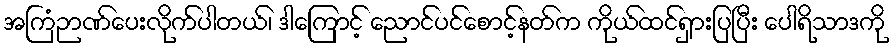
အကြံဉာဏ်ပေးလိုက်ပါတယ်၊ ဒါကြောင့် ညောင်ပင်စောင့်နတ်က ကိုယ်ထင်ရှားပြပြီး ပေါရိသာဒကို